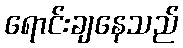
ရောင်းချနေသည်